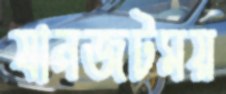
যানজটময়